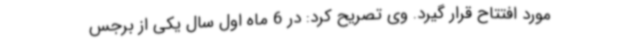
مورد افتتاح قرار گیرد. وی تصریح کرد: در 6 ماه اول سال یکی از برجس